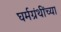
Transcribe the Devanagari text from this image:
घर्मग्रंथींच्या